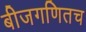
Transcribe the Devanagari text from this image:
बीजगणितच